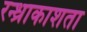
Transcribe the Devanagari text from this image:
रन्ध्राकाशता